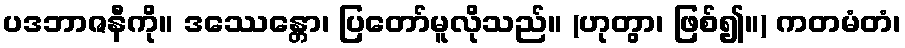
ပဒဘာဇနီကို။ ဒဿေန္တော၊ ပြတော်မူလိုသည်။ (ဟုတွာ၊ ဖြစ်၍။) ကတမံတံ၊